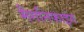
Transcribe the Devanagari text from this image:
मैगनिफाइंग